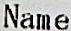
NAME